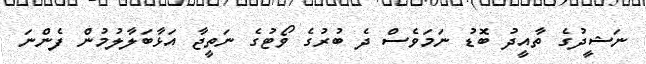
ނަޝީދުގެ ތާއީދު ބޮޑު ނަމަވެސް ދެ ބުރުގެ ވޯޓުގެ ނަތީޖާ އަޅާބަލާލުމުން ފެންނަ